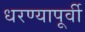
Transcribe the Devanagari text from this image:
धरण्यापूर्वी